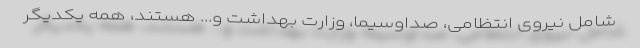
شامل نیروی انتظامی، صداوسیما، وزارت بهداشت و... هستند، همه یکدیگر